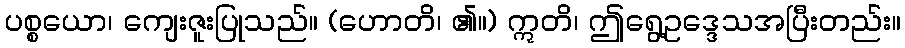
ပစ္စယော၊ ကျေးဇူးပြုသည်။ (ဟောတိ၊ ၏။) ဣတိ၊ ဤရွေ့ဥဒ္ဒေသအပြီးတည်း။